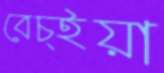
বেচ্ইয়া